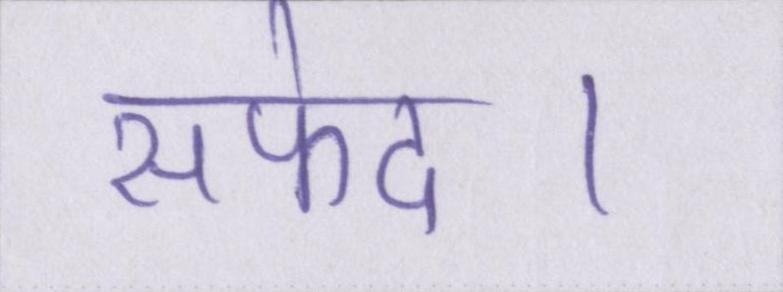
सफेद।